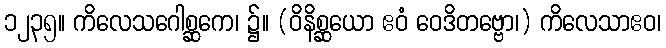
၁၂၃၅။ ကိလေသဂေါစ္ဆကေ၊ ၌။ (ဝိနိစ္ဆယော ဧဝံ ဝေဒိတဗ္ဗော၊) ကိလေသာဧဝ၊